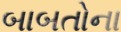
બાબતોના